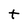
Character: t